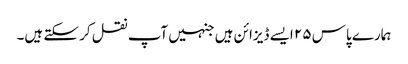
ہمارے پاس ۲۵ ایسے ڈیزائن ہیں جنہیں آپ نقل کر سکتے ہیں۔